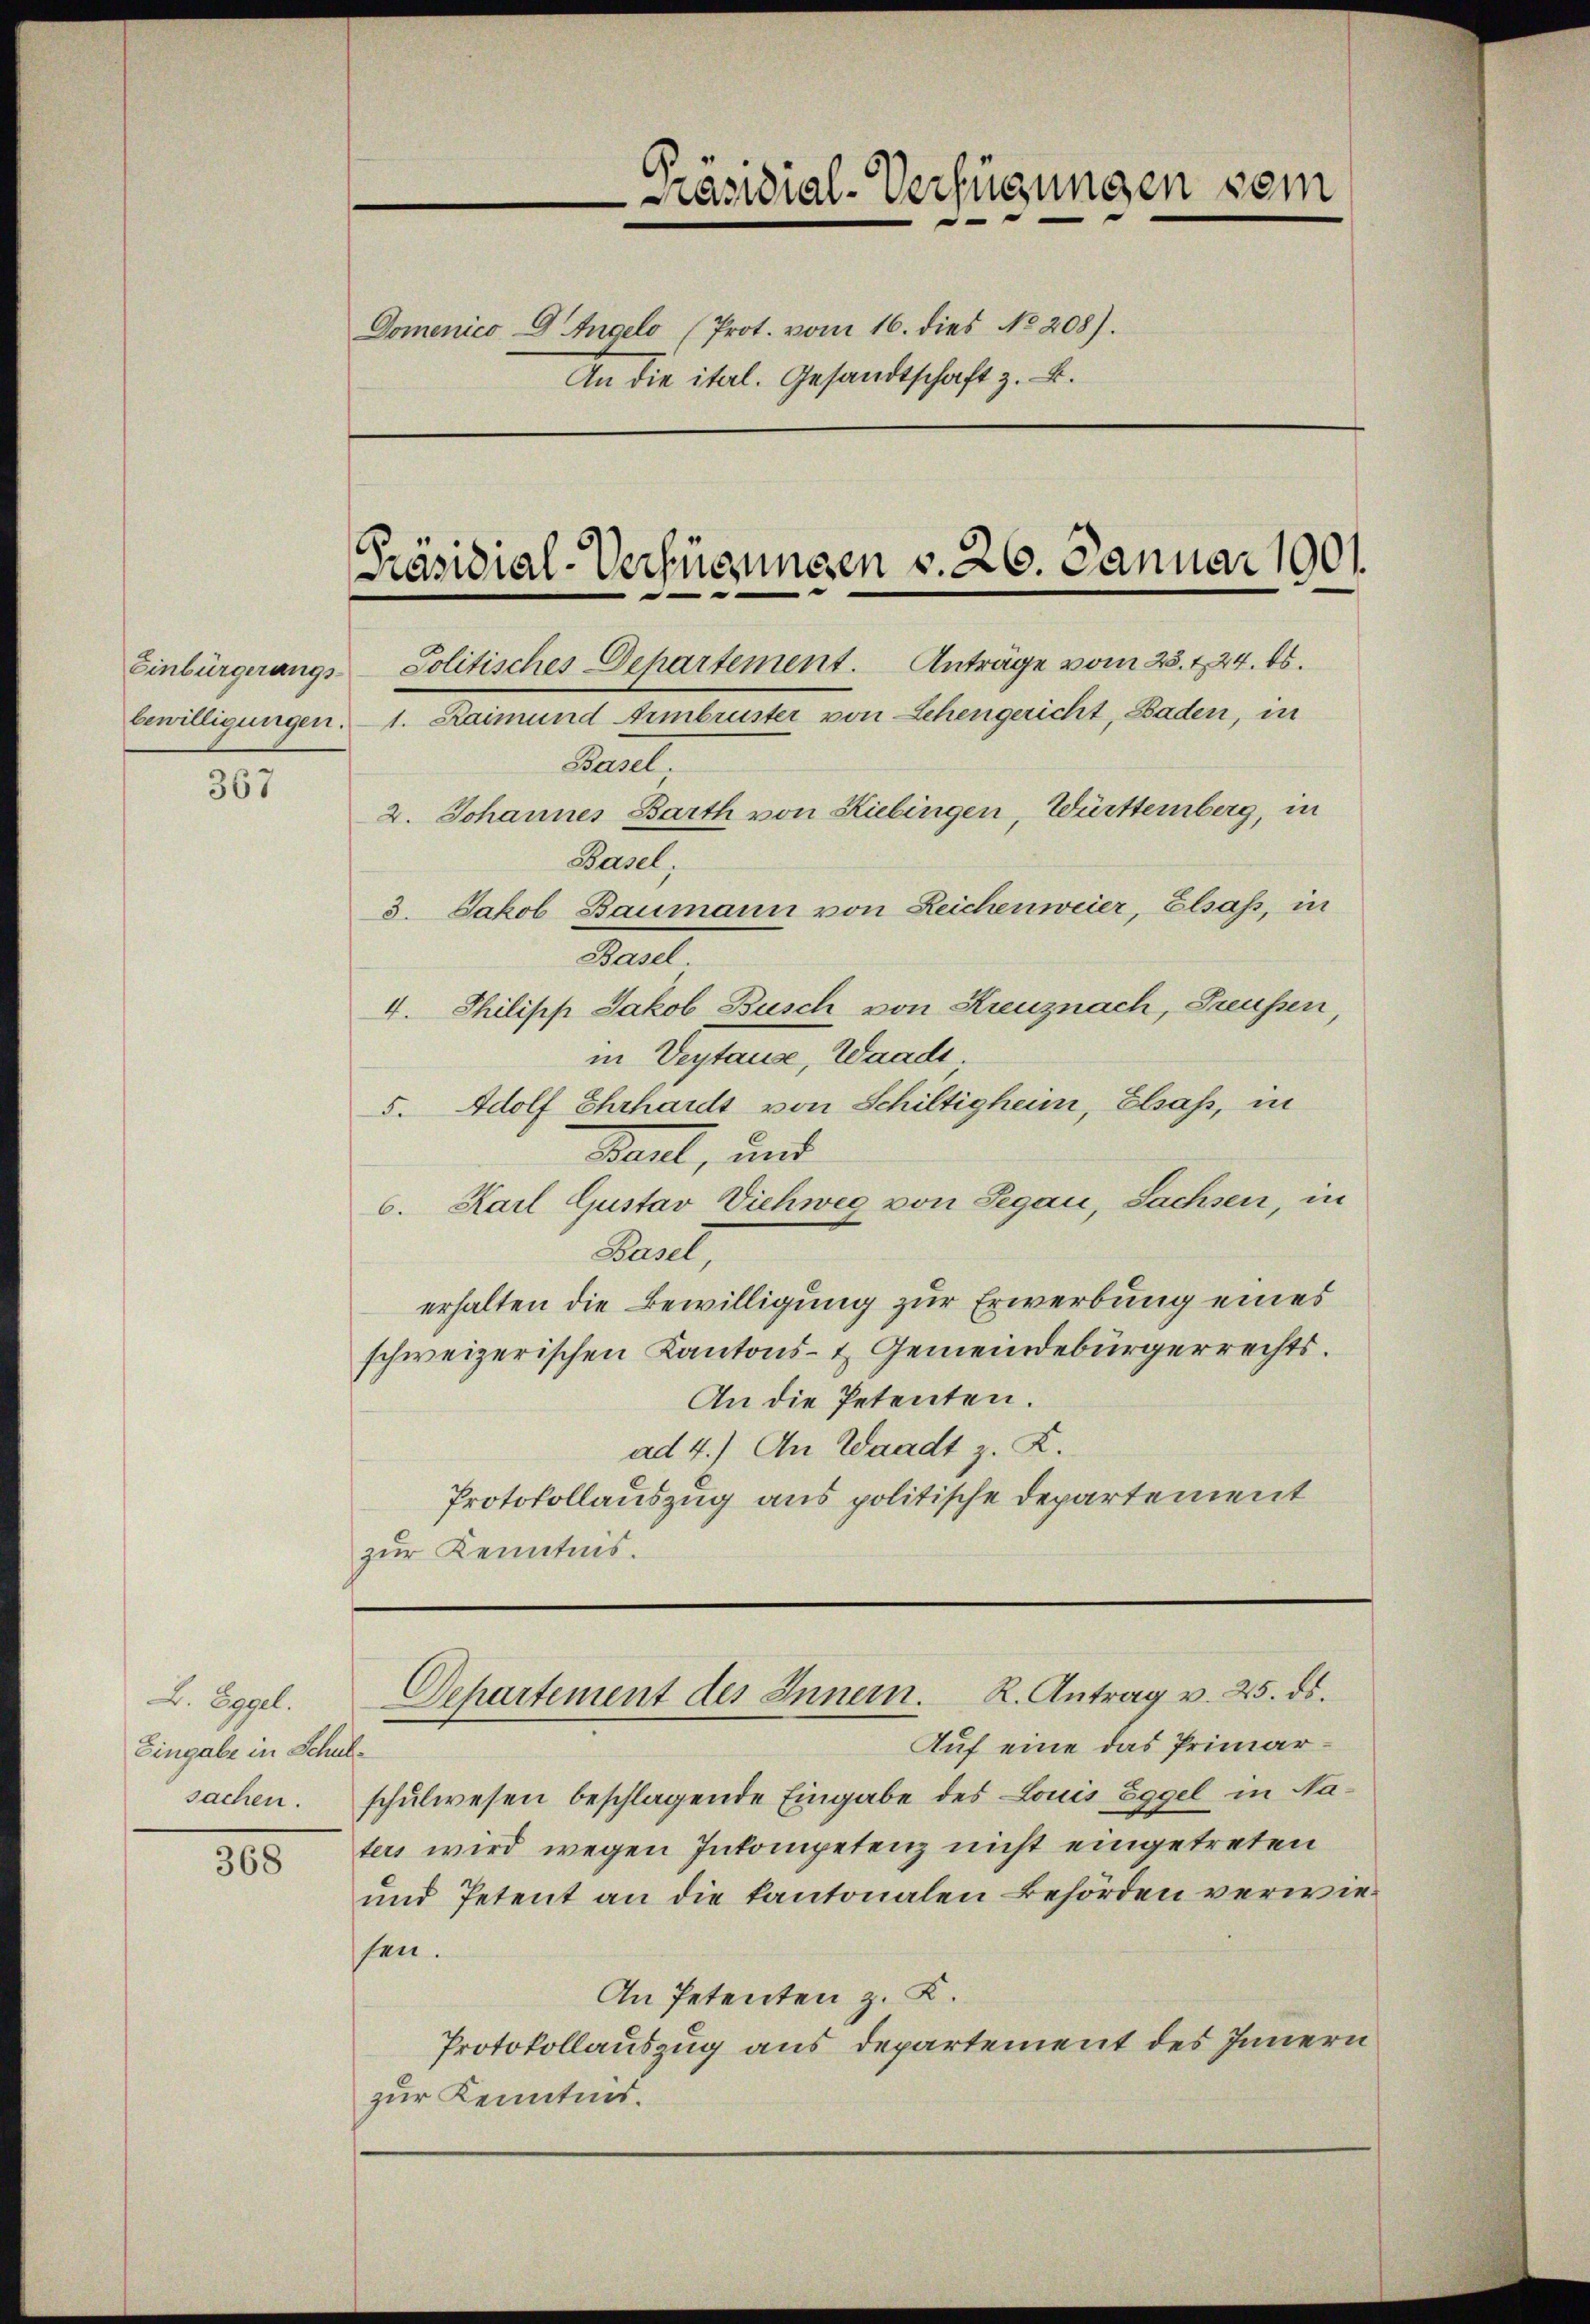
Einbürgerungsbewilligungen.

367

2. Eggel.
Eingabe in Schule
sachen.

368

Domenico Dr. Angelo (Prot. vom 16. dies No. 208).
An die ital. Gesandtschaft z. B.

Anträge vom 25. 224. ds.
Jolitisches Departement.
1. Raimund Armbruster von Lehengericht, Baden, in
Basel.
2. Johannes Barth von Kiebingen, Württemberg, in
3. Jakob Baumann von Reichenweier, Elsass, in
Basel.
4. Philisch Jakob Busch von Kreuznach, Greussen,
in Vertause, Waadt,
5. Adolf Ehrhardt von Schiltigheim, Elsass, in
Bant, und
6. Karl Gustav Viehweg von Segau, Sachsen, in
Basel,
erhalten die Bewilligung zur Erwerbung eines
schweizerischen Kantons- & Gemeindebürgerrechts.
An die Petenten.
ad 4.) An Waadt z. Z.
Protokollauszug aus politische Departement
zur Kenntnis.

Auf eine das Primarschulwesen beschlagende Eingabe des Louis Eggel in Naters wird wegen Inkompetenz nicht eingetreten
und Petent an die kantonalen Behörden verwiesen.
An Petenten z. K.
Protokollauszug aus Departement des Innern
zur Kenntnis.

Präsidial-Verfügungen sein

Präsidial-Verfügungen v. 26. Januar 1901

Basel,

R. Antrag v. 25. ds.
Departement des Innern.